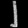
Digit: ၂